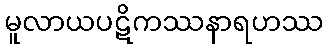
မူလာယပဋိကဿနာရဟဿ